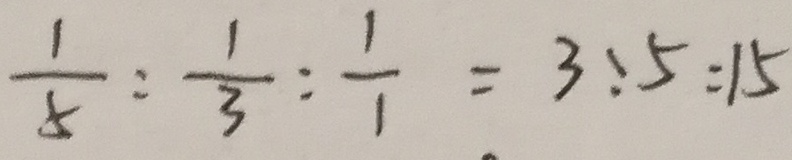
\frac { 1 } { 5 } : \frac { 1 } { 3 } : \frac { 1 } { 1 } = 3 : 5 : 1 5